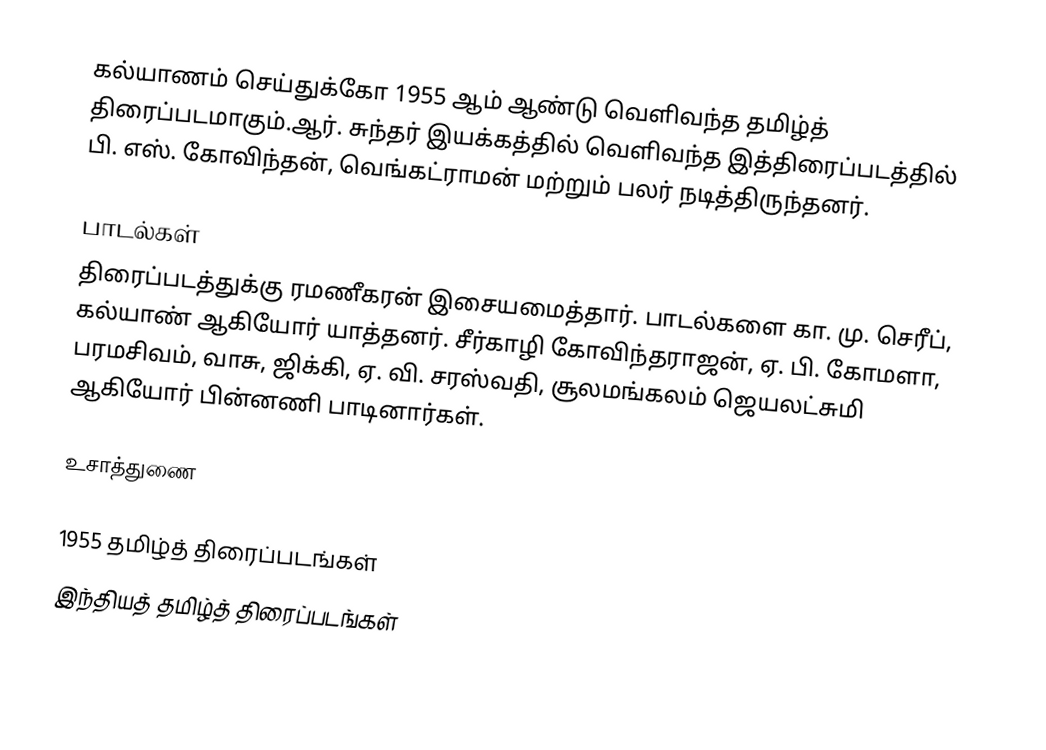
கல்யாணம் செய்துக்கோ 1955 ஆம் ஆண்டு வெளிவந்த தமிழ்த் திரைப்படமாகும்.ஆர். சுந்தர் இயக்கத்தில் வெளிவந்த இத்திரைப்படத்தில் பி. எஸ். கோவிந்தன், வெங்கட்ராமன் மற்றும் பலர் நடித்திருந்தனர்.

பாடல்கள்
திரைப்படத்துக்கு ரமணீகரன் இசையமைத்தார். பாடல்களை கா. மு. செரீப், கல்யாண் ஆகியோர் யாத்தனர். சீர்காழி கோவிந்தராஜன், ஏ. பி. கோமளா, பரமசிவம், வாசு, ஜிக்கி, ஏ. வி. சரஸ்வதி, சூலமங்கலம் ஜெயலட்சுமி ஆகியோர் பின்னணி பாடினார்கள்.

உசாத்துணை

1955 தமிழ்த் திரைப்படங்கள்
இந்தியத் தமிழ்த் திரைப்படங்கள்